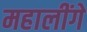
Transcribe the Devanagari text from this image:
महालींगे